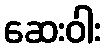
ဆေးဝါး